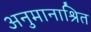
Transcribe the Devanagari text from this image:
अनुमानाश्रित